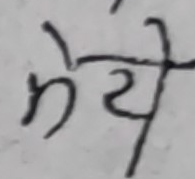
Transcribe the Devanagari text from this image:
भेचे